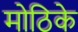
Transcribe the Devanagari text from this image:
मोठिके